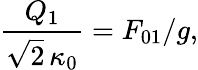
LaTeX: \frac{Q_{1}}{\sqrt{2}\, \kappa_{0}}=F_{01}/g,